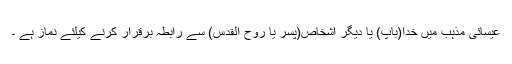
عیسائی مذہب میں خدا(باپ) یا دیگر اشخاص(پسر یا روح القدس) سے رابطہ برقرار کرنے کیلئے نماز ہے ۔